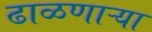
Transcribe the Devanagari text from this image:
ढाळणाऱ्या